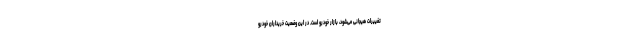
تغییرات هیجانی می‌شود، بازار خودرو است. در این وضعیت خریداران خودرو